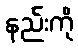
နည်းကို